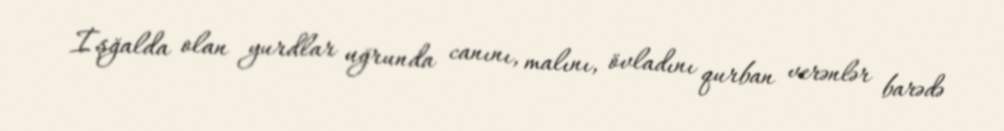
İşğalda olan yurdlar uğrunda canını, malını, övladını qurban verənlər barədə